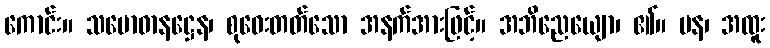
ကောင်း။ သမောဓာနဋ္ဌေန၊ စုဝေးတတ်သော အနက်အားဖြင့်။ အဘိညေယျော၊ ၏။ ပန၊ အထူး